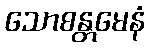
သောစန္တမေနံ